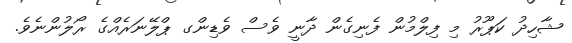
ޝާހިދު ކަޕޫރު މި ފިލްމުން ފެނިގެން ދާނީ ވެސް ވެޑިންގ ޕްލޭނަރެއްގެ ރޯލުންނެވެ.